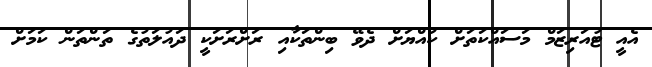
އެއީ ޓުއަރިޒަމް މަސައްކަތަށް ކުއްޔަށް ދެވޭ ބިންތަކާއި ރަށްރަށަކީ ދައުލަތުގެ ތަންތަން ކަމަށް